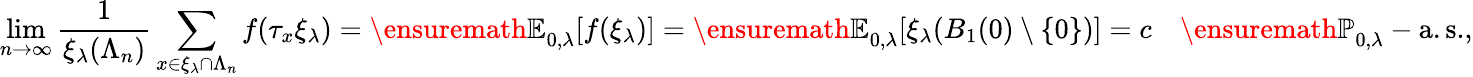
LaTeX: \operatorname*{lim}_{n\rightarrow\infty}\frac{1}{\xi_{\lambda}(\Lambda_{n})}\sum_{x\in\xi_{\lambda}\cap\Lambda_{n}}f(\tau_{x}\xi_{\lambda})={\ensuremath{\mathbb E}}_{0,\lambda}[f(\xi_{\lambda})]={\ensuremath{\mathbb E}}_{0,\lambda}[\xi_{\lambda}(B_{1}(0)\setminus\{ 0\} )]=c\quad{\ensuremath{\mathbb P}}_{0,\lambda}-\mathrm{a.s.},